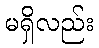
မရှိလည်း